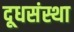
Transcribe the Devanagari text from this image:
दूधसंस्था